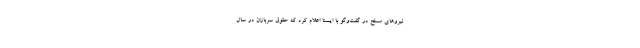
نیروهای مسلح در گفت‌وگو با ایسنا اعلام کرد که حقوق سربازان در سال